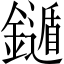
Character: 𨮐